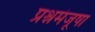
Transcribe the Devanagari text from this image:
प्रश्नमंजूषा